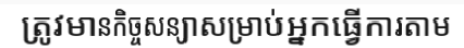
ត្រូវមានកិច្ចសន្យាសម្រាប់អ្នកធ្វើការតាម